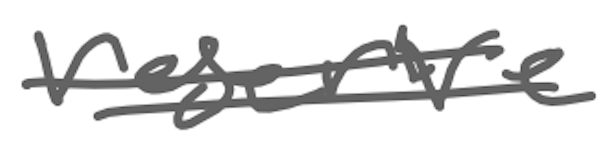
Text: reserve
Cross-out: double-line
Writing tool: digital_gray